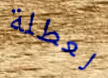
لعطلة